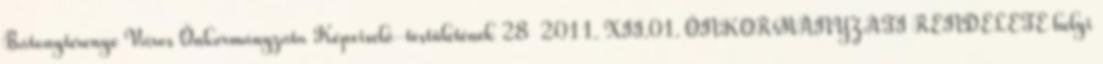
Bátonyterenye Város Önkormányzata Képviselő-testületének 28 2011. XII.01. ÖNKORMÁNYZATI RENDELETE helyi